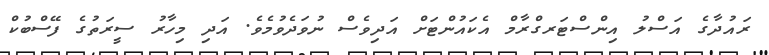
ރައުދާގެ އަސްލު އިންސްޓަރގްރާމް އެކައުންޓަށް އަދިވެސް ނުވަދެވުމެވެ. އަދި މިހާރު ސީރަތުގެ ފޭސްބުކް